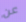
عن